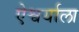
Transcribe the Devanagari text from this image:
ऐश्वर्याला